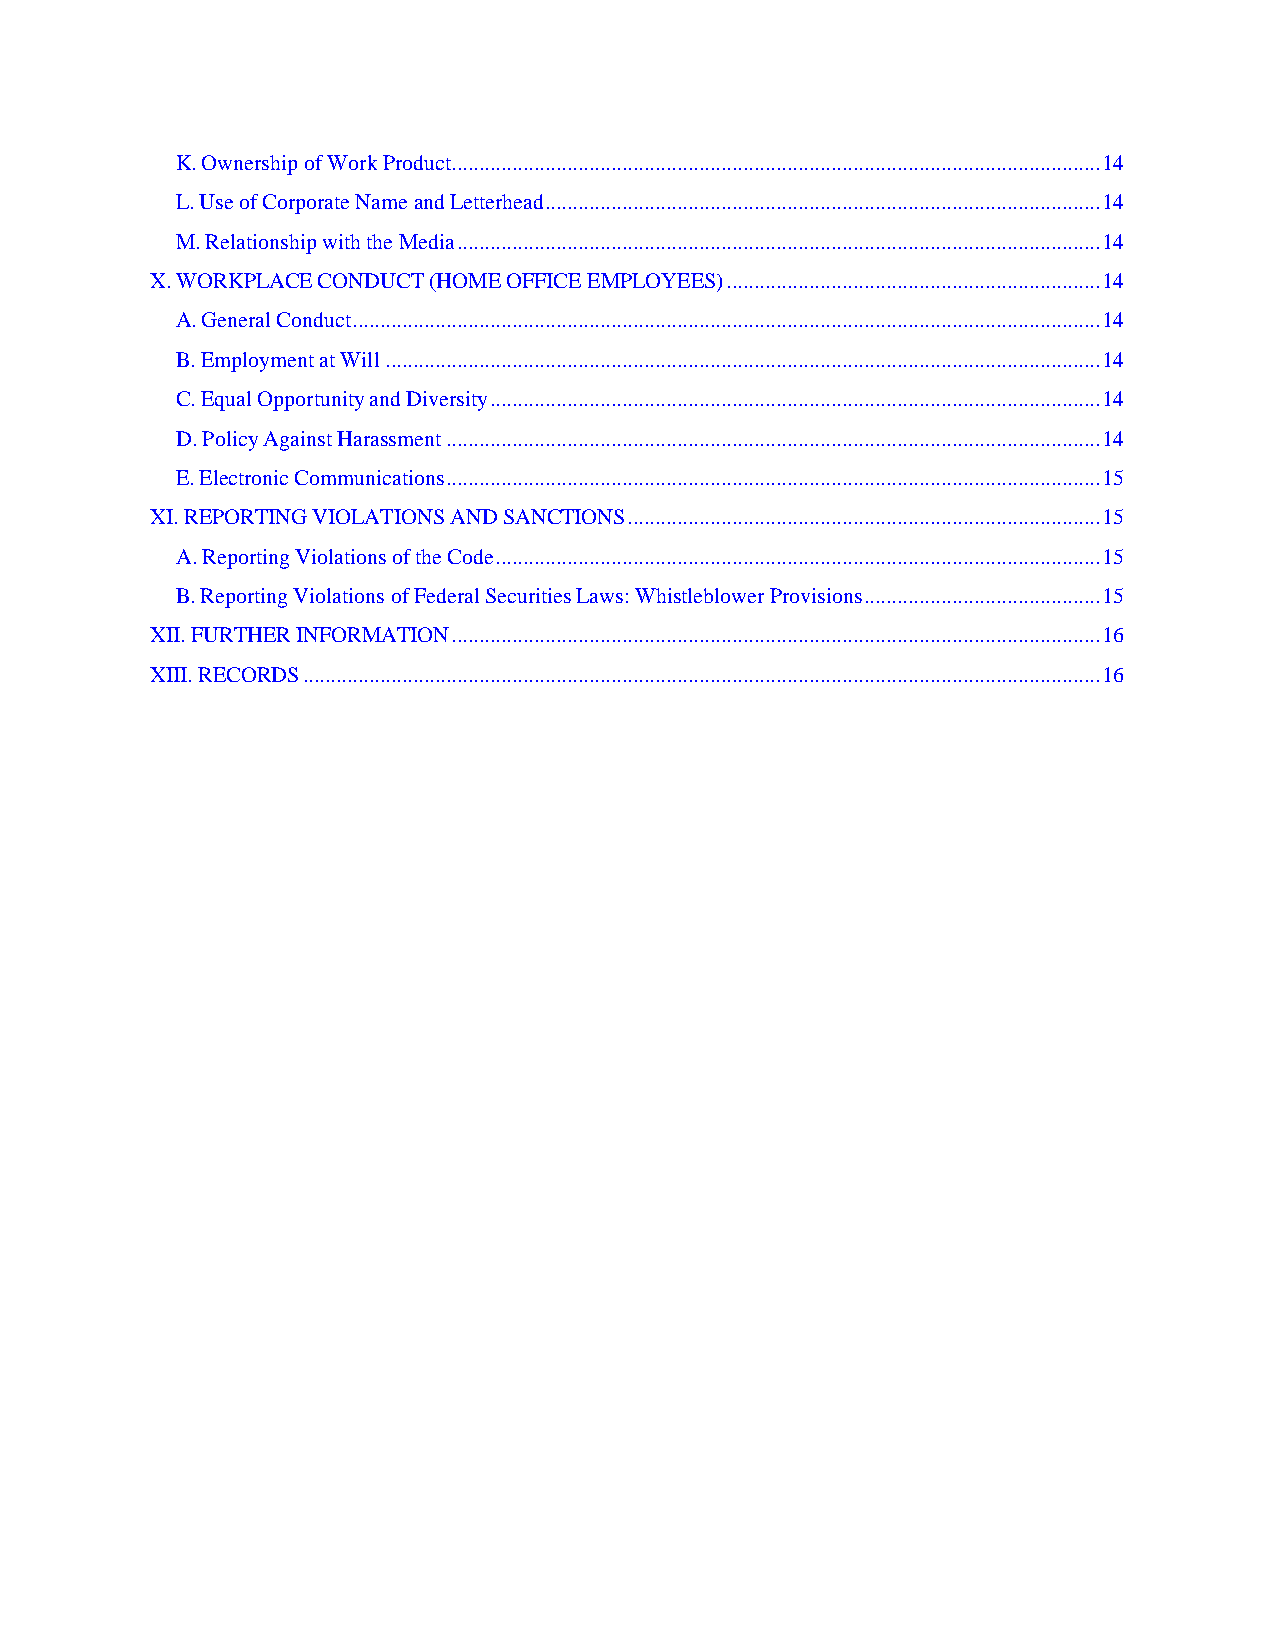
K. Ownership of Work Product ...................................................................................................................... 14
 L. Use of Corporate Name and Letterhead ..................................................................................................... 14
 M. Relationship with the Media ..................................................................................................................... 14
 X. WORKPLACE CONDUCT (HOME OFFICE EMPLOYEES) .................................................................... 14
 A. General Conduct ........................................................................................................................................ 14
 B. Employment at Will .................................................................................................................................. 14
 C. Equal Opportunity and Diversity ............................................................................................................... 14
 D. Policy Against Harassment ....................................................................................................................... 14
 E. Electronic Communications ....................................................................................................................... 15
 XI. REPORTING VIOLATIONS AND SANCTIONS ...................................................................................... 15
 A. Reporting Violations of the Code .............................................................................................................. 15
 B. Reporting Violations of Federal Securities Laws: Whistleblower Provisions ........................................... 15
 XII. FURTHER INFORMATION ...................................................................................................................... 16
 XIII. RECORDS ................................................................................................................................................. 16